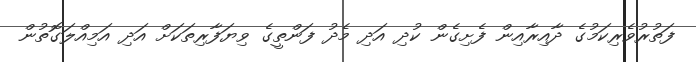
ފަތުރުވެރިކަމުގެ ދާއިރާއިން ފެށިގެން ކުދި އަދި މެދު ފަންތީގެ ވިޔަފާރިތަކަށް އަދި އަމިއްލަގޮތުން